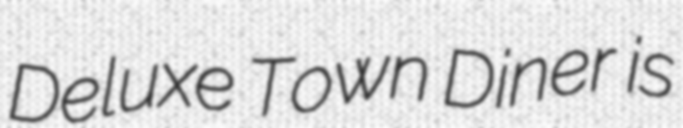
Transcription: Deluxe Town Diner is